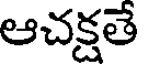
ఆచక్షతే